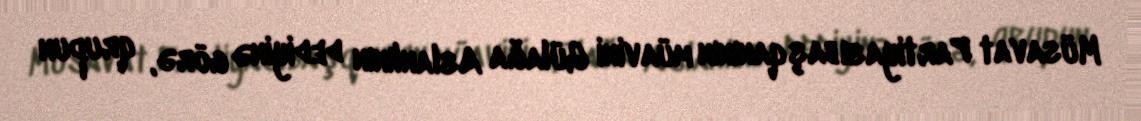
Müsavat Partiyası başqanının müavini Gülağa Aslanlının dediyinə görə, qrupun